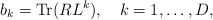
\begin{align*}b_{k}={\rm Tr}(RL^{k}), \quad k=1,\ldots,D, \end{align*}